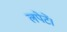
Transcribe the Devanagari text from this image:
लपेटें।